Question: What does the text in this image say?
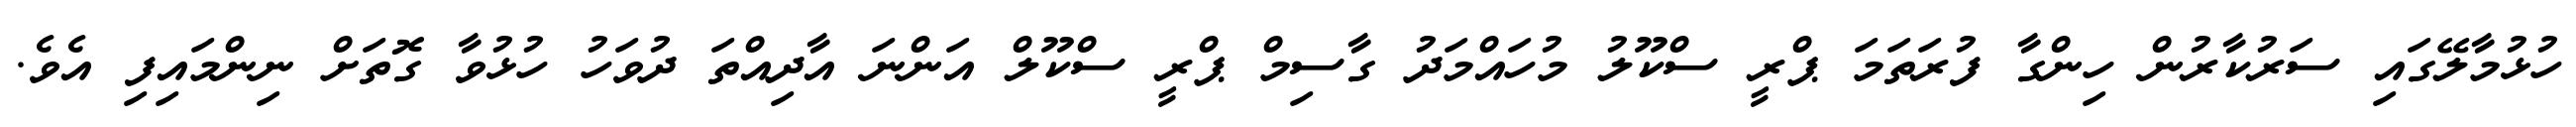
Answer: ހުޅުމާލޭގައި ސަރުކާރުން ހިންގާ ފުރަތަމަ ޕްރީ ސްކޫލު މުހައްމަދު ގާސިމް ޕްރީ ސްކޫލް އަންނަ އާދިއްތަ ދުވަހު ހުޅުވާ ގޮތަށް ނިންމައިފި އެވެ.